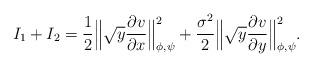
LaTeX: \begin{align*}I_1+I_2={\frac{1}{2}}\Big\|\sqrt{y}{\frac{\partial v}{\partial x}}\Big\|^2_{\phi,\psi}+{\frac{\sigma^2}{2}}\Big\|\sqrt{y}{\frac{\partial v}{\partial y}}\Big\|^2_{\phi,\psi}.\end{align*}